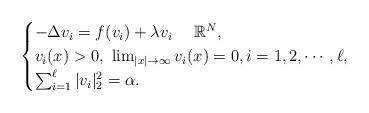
LaTeX: \begin{align*} \begin{cases} -\Delta v_i=f(v_i)+\lambda v_i \ \ \ \ \mathbb R^N,\\ v_i(x)>0,\ \lim_{|x|\to\infty}v_i(x)=0,i=1,2, \cdots, \ell,\\ \sum_{i=1}^{\ell}|v_i|_2^2=\alpha. \end{cases} \end{align*}